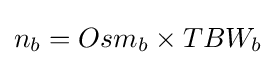
n_{b}=Osm_{b}\times TBW_{b}